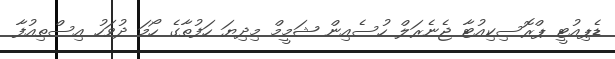
ޑެޕިއުޓީ ޕްރޮސިކިއުޓާ ޖެނެރަލް ހުސެއިން ޝަމީމް މިދިޔަ ހަފުތާގެ ހޯމަ ދުވަހު އިސްތިއުފާ